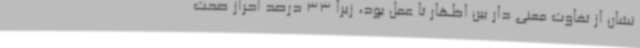
نشان از تفاوت معنی دار بین اظهار تا عمل بود، زیرا 33 درصد احراز صحت